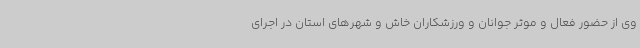
وی از حضور فعال و موثر جوانان و ورزشکاران خاش و شهرهای استان در اجرای